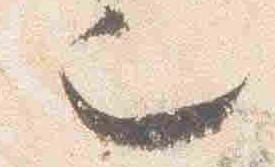
也